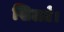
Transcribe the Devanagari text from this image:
खिलते।